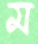
ম